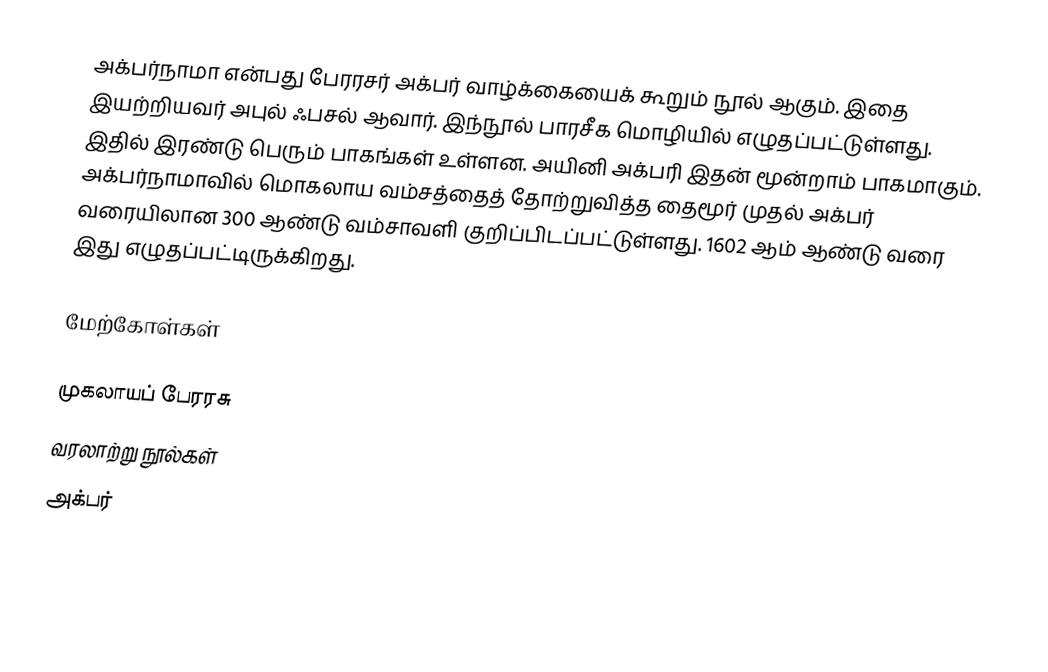
அக்பர்நாமா என்பது பேரரசர் அக்பர் வாழ்க்கையைக் கூறும் நூல் ஆகும். இதை இயற்றியவர் அபுல் ஃபசல் ஆவார். இந்நூல் பாரசீக மொழியில் எழுதப்பட்டுள்ளது. இதில் இரண்டு பெரும் பாகங்கள் உள்ளன. அயினி அக்பரி இதன் மூன்றாம் பாகமாகும். அக்பர்நாமாவில் மொகலாய வம்சத்தைத் தோற்றுவித்த தைமூர் முதல் அக்பர் வரையிலான 300 ஆண்டு வம்சாவளி குறிப்பிடப்பட்டுள்ளது. 1602 ஆம் ஆண்டு வரை இது எழுதப்பட்டிருக்கிறது.

மேற்கோள்கள்

முகலாயப் பேரரசு
வரலாற்று நூல்கள்
அக்பர்